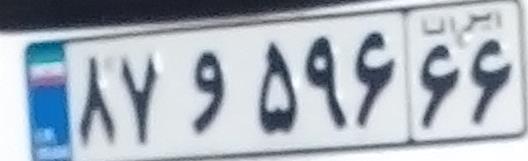
۸۷و۵۹۶۶۶